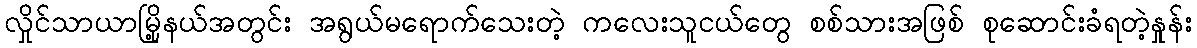
လှိုင်သာယာမြို့နယ်အတွင်း အရွယ်မရောက်သေးတဲ့ ကလေးသူငယ်တွေ စစ်သားအဖြစ် စုဆောင်းခံရတဲ့နှုန်း